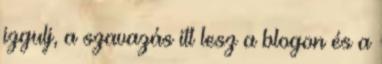
izgulj, a szavazás itt lesz a blogon és a